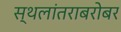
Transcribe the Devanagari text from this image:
स्थलांतराबरोबर